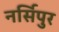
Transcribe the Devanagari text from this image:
नर्सिपुर